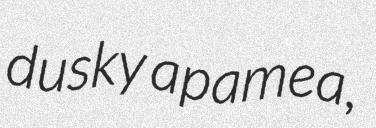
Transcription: dusky apamea,